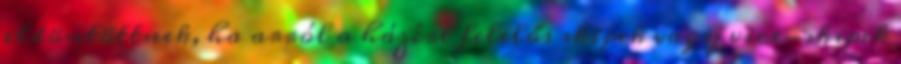
eldöntöttnek, ha arról a házért felelős skipek vagy vice-skipek